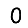
Digit: 0